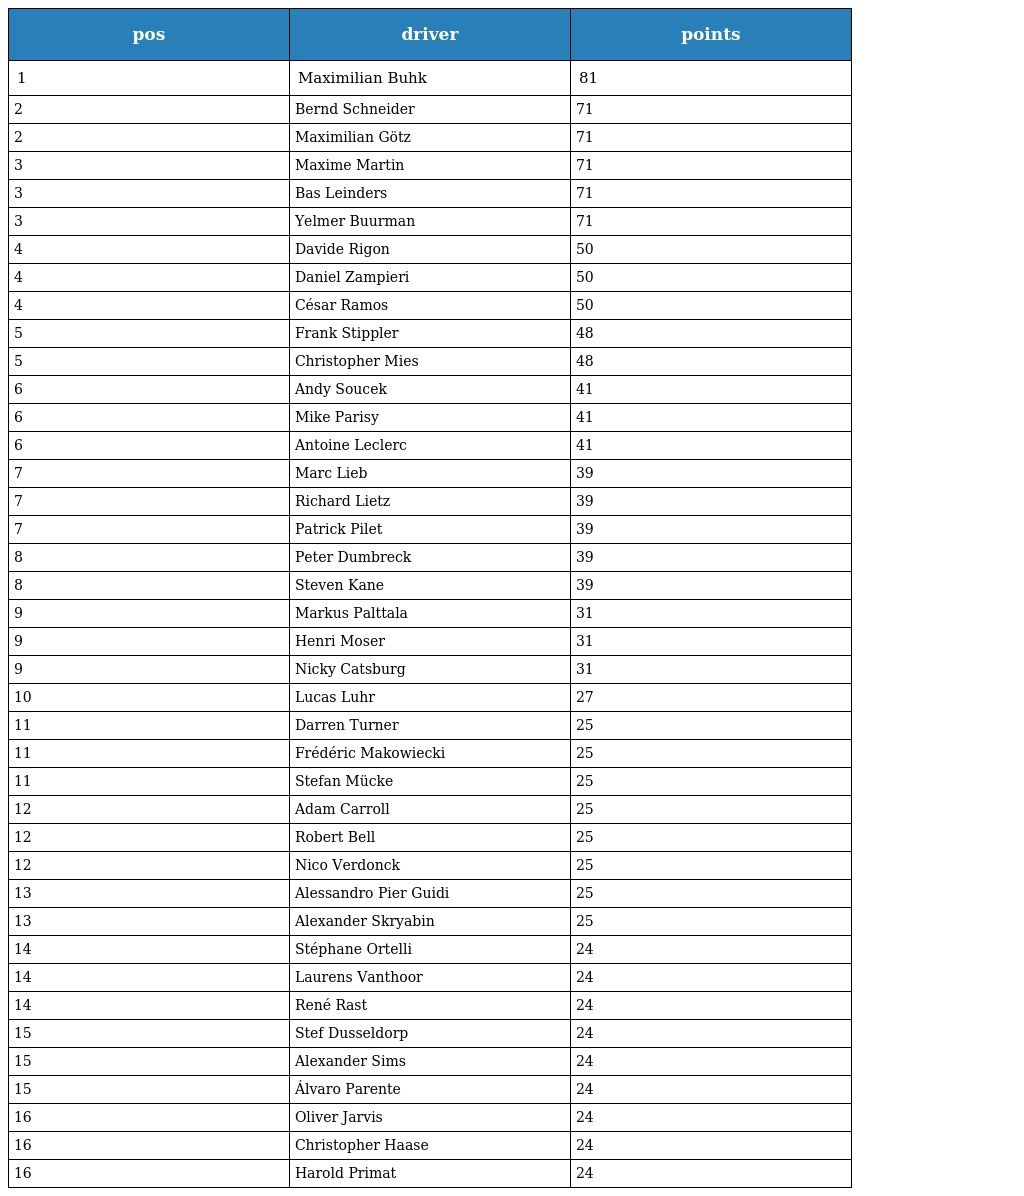
| pos | driver | points |
 | --- | --- | --- |
 | 1 | Maximilian Buhk | 81 |
 | 2 | Bernd Schneider | 71 |
 | 2 | Maximilian Götz | 71 |
 | 3 | Maxime Martin | 71 |
 | 3 | Bas Leinders | 71 |
 | 3 | Yelmer Buurman | 71 |
 | 4 | Davide Rigon | 50 |
 | 4 | Daniel Zampieri | 50 |
 | 4 | César Ramos | 50 |
 | 5 | Frank Stippler | 48 |
 | 5 | Christopher Mies | 48 |
 | 6 | Andy Soucek | 41 |
 | 6 | Mike Parisy | 41 |
 | 6 | Antoine Leclerc | 41 |
 | 7 | Marc Lieb | 39 |
 | 7 | Richard Lietz | 39 |
 | 7 | Patrick Pilet | 39 |
 | 8 | Peter Dumbreck | 39 |
 | 8 | Steven Kane | 39 |
 | 9 | Markus Palttala | 31 |
 | 9 | Henri Moser | 31 |
 | 9 | Nicky Catsburg | 31 |
 | 10 | Lucas Luhr | 27 |
 | 11 | Darren Turner | 25 |
 | 11 | Frédéric Makowiecki | 25 |
 | 11 | Stefan Mücke | 25 |
 | 12 | Adam Carroll | 25 |
 | 12 | Robert Bell | 25 |
 | 12 | Nico Verdonck | 25 |
 | 13 | Alessandro Pier Guidi | 25 |
 | 13 | Alexander Skryabin | 25 |
 | 14 | Stéphane Ortelli | 24 |
 | 14 | Laurens Vanthoor | 24 |
 | 14 | René Rast | 24 |
 | 15 | Stef Dusseldorp | 24 |
 | 15 | Alexander Sims | 24 |
 | 15 | Álvaro Parente | 24 |
 | 16 | Oliver Jarvis | 24 |
 | 16 | Christopher Haase | 24 |
 | 16 | Harold Primat | 24 |